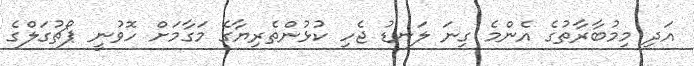
އަދި މިމުބާރާތުގެ އެންމެ ގިނަ ލަނޑު ޖެހި ކުޅުންތެރިޔާގެ މަގާމަށް ހޮވުނީ ޕޯޗުގަލްގެ